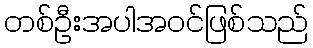
တစ်ဦးအပါအဝင်ဖြစ်သည်